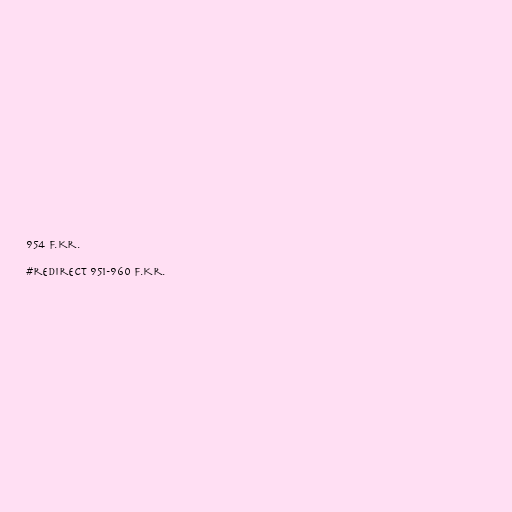
954 f.Kr.

#redirect 951-960 f.Kr.